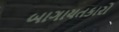
બાગાયતકારો